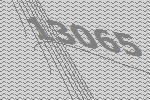
13065